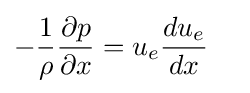
-{\dfrac {1}{\rho }}{\dfrac {\partial p}{\partial x}}=u_{e}{\dfrac {du_{e}}{dx}}\quad